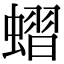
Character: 𧐔